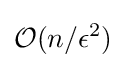
{\mathcal {O}}(n/\epsilon ^{2})